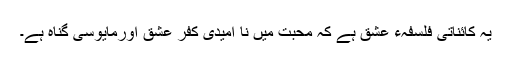
یہ کائناتی فلسفہء عشق ہے کہ محبت میں نا امیدی کفر عشق اورمایوسی گناہ ہے۔